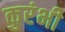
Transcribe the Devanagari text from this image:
कुरंभी